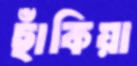
ছাঁকিয়া